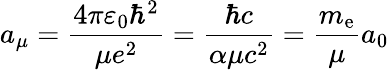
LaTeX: a_{\mu}={\frac{4\pi\varepsilon_{0}\hbar^{2}}{\mu e^{2}}}={\frac{\hbar c}{\alpha\mu c^{2}}}={\frac{m_{\mathrm{e}}}{\mu}}a_{0}